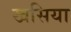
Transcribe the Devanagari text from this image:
खसिया